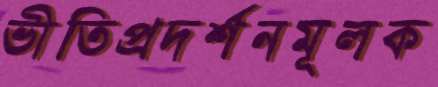
ভীতিপ্রদর্শনমূলক